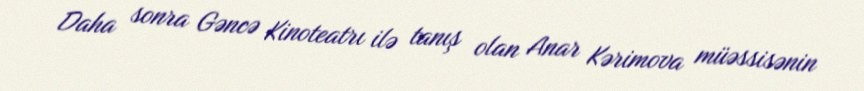
Daha sonra Gəncə Kinoteatrı ilə tanış olan Anar Kərimova müəssisənin